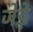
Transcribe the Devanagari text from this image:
जेड़े